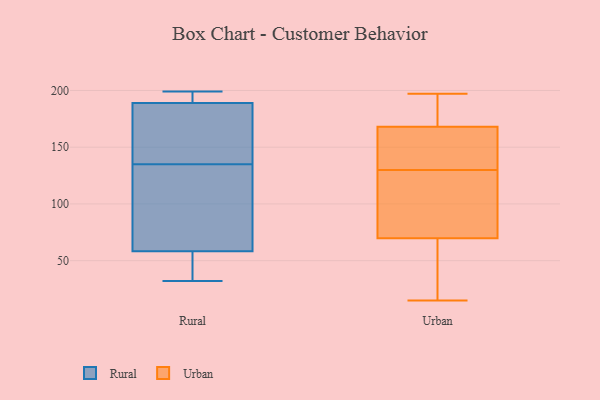
{"axis": {"x": "Budget (USD K)", "y": "Value"}, "legend": ["Rural", "Urban"], "data": [{"x": "", "y": 135, "type": "Rural"}, {"x": "", "y": 197, "type": "Rural"}, {"x": "", "y": 84, "type": "Rural"}, {"x": "", "y": 56, "type": "Rural"}, {"x": "", "y": 199, "type": "Rural"}, {"x": "", "y": 131, "type": "Rural"}, {"x": "", "y": 166, "type": "Rural"}, {"x": "", "y": 187, "type": "Rural"}, {"x": "", "y": 32, "type": "Rural"}, {"x": "", "y": 187, "type": "Rural"}, {"x": "", "y": 195, "type": "Rural"}, {"x": "", "y": 59, "type": "Rural"}, {"x": "", "y": 44, "type": "Rural"}, {"x": "", "y": 133, "type": "Urban"}, {"x": "", "y": 29, "type": "Urban"}, {"x": "", "y": 188, "type": "Urban"}, {"x": "", "y": 188, "type": "Urban"}, {"x": "", "y": 197, "type": "Urban"}, {"x": "", "y": 174, "type": "Urban"}, {"x": "", "y": 87, "type": "Urban"}, {"x": "", "y": 15, "type": "Urban"}, {"x": "", "y": 130, "type": "Urban"}, {"x": "", "y": 64, "type": "Urban"}, {"x": "", "y": 132, "type": "Urban"}, {"x": "", "y": 150, "type": "Urban"}, {"x": "", "y": 62, "type": "Urban"}, {"x": "", "y": 128, "type": "Urban"}, {"x": "", "y": 98, "type": "Urban"}]}